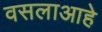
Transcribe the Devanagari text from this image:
वसलाआहे